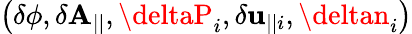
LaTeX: \left(\delta\phi,\delta\mathbf{A}_{||},\deltaP_{i},\delta\mathbf{u}_{||i},\deltan_{i}\right)